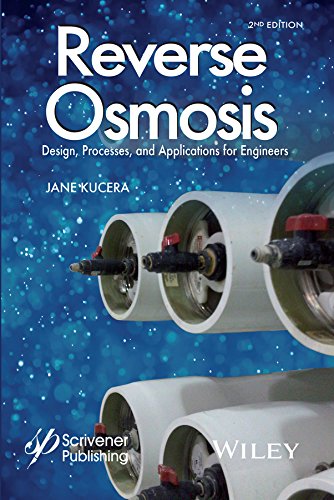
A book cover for Reverse Osmosis: Design, Processes, and Applications for Engineers; Jane Kucera; Science & Math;